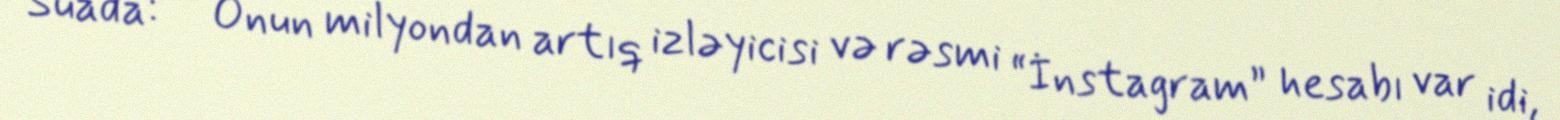
Suada: – Onun milyondan artıq izləyicisi və rəsmi “İnstagram” hesabı var idi,